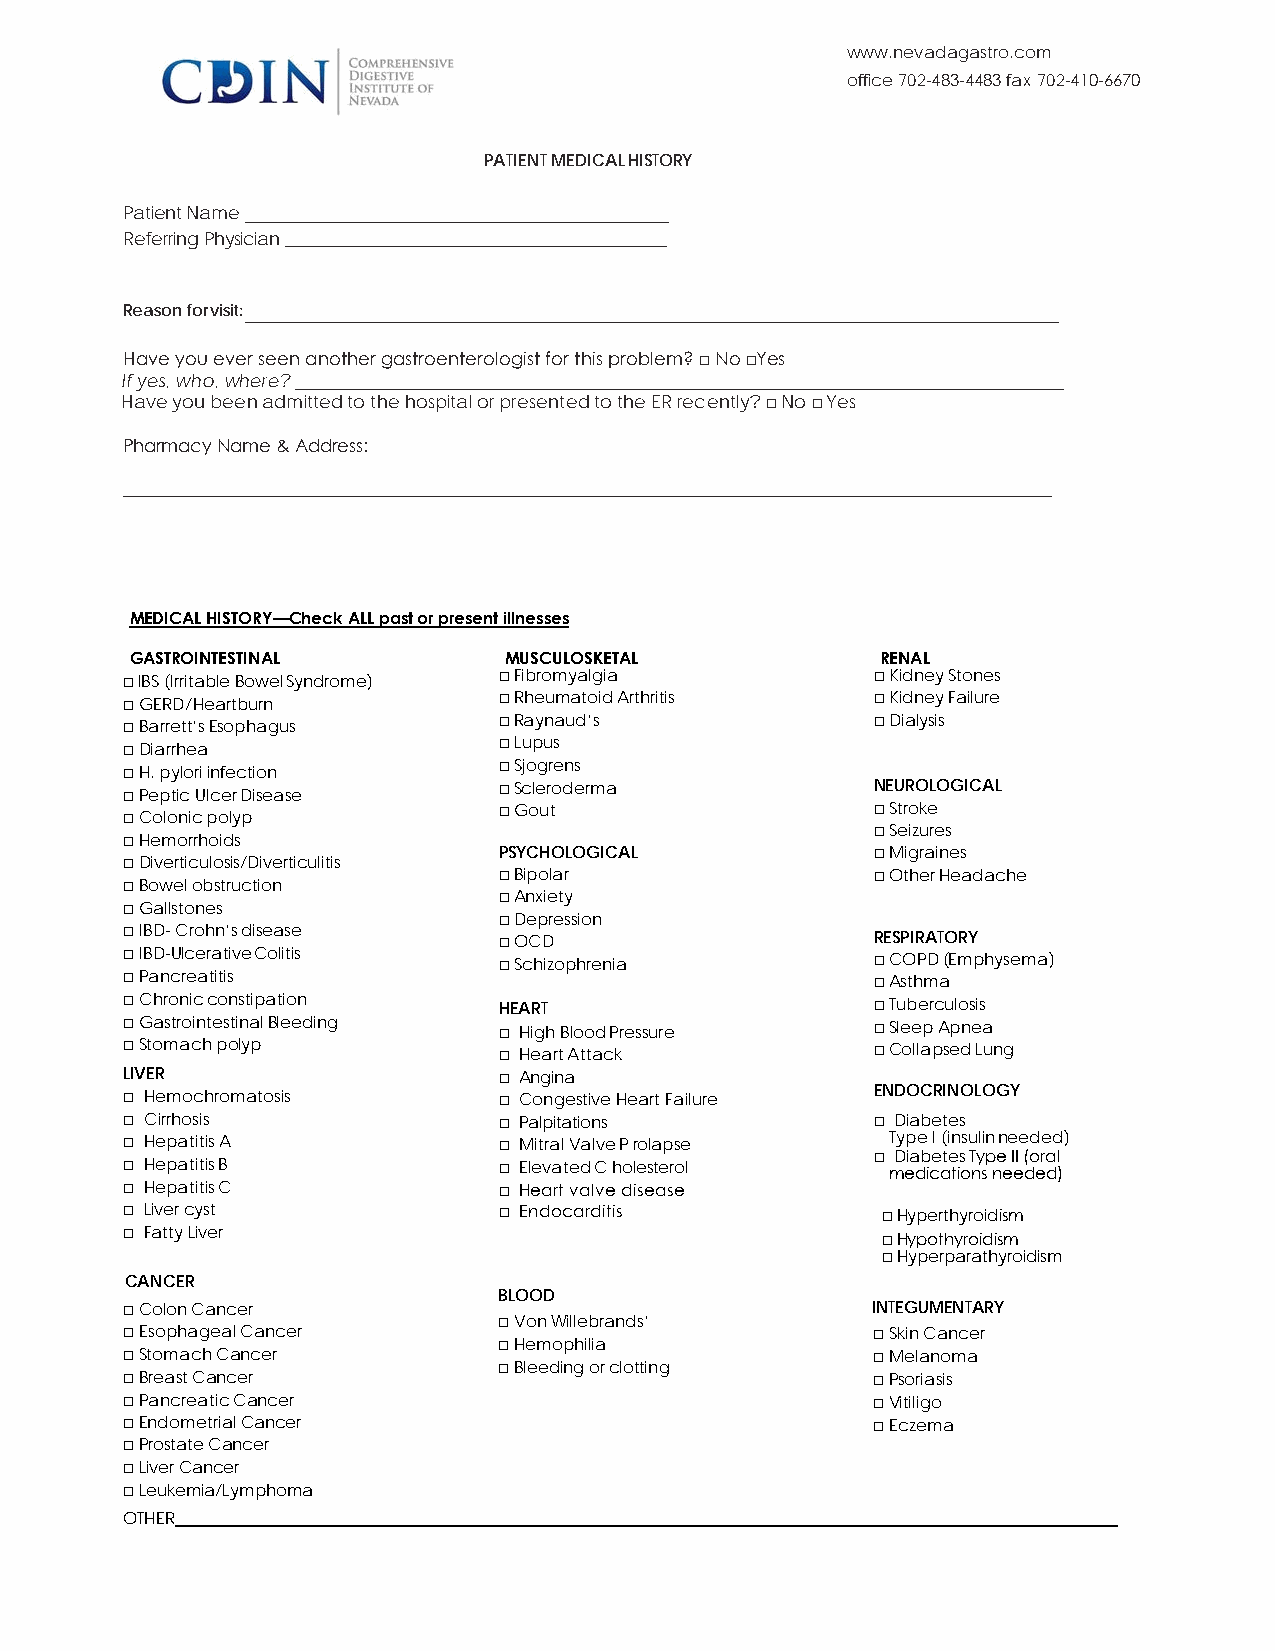
www.nevadagastro.com
 office 702-483-4483 fax 702-410-6670
 PATIENT MEDICAL HISTORY
 Patient Name
 Referring Physician _____________________________________________
 Reason for visit:
 Have you ever seen another gastroenterologist for this problem? □ No □Yes
 If yes, who, where?
 Have you been admitted to the hospital or presented to the ER recently? □ No □ Yes
 Pharmacy Name & Address:
 ________________________________________________________________________________________________________
 MEDICAL HISTORY—Check ALL past or present illnesses
 GASTROINTESTINAL        MUSCULOSKETAL            RENAL
 □ IBS (Irritable Bowel Syndrome) □ Fibromyalgia   □ Kidney Stones
 □GERD/Heartburn          □ Rheumatoid Arthritis   □Kidney Failure
 □Barrett’s Esophagus     □ Raynaud’s              □ Dialysis
 □Diarrhea                □ Lupus
 □H. pylori infection     □ Sjogrens
 □Peptic Ulcer Disease    □ Scleroderma            NEUROLOGICAL
 □Colonic polyp           □ Gout                   □ Stroke
 □ Seizures
 □Hemorrhoids
 PSYCHOLOGICAL            □ Migraines
 □Diverticulosis/Diverticulitis
 □ Bipolar                □ Other Headache
 □Bowel obstruction
 □ Anxiety
 □Gallstones
 □ Depression
 □IBD- Crohn’s disease
 □ OCD                    RESPIRATORY
 □IBD-Ulcerative Colitis  □ Schizophrenia          □ COPD (Emphysema)
 □Pancreatitis                                     □ Asthma
 □Chronic constipation    HEART                    □ Tuberculosis
 □Gastrointestinal Bleeding □ High Blood Pressure  □ Sleep Apnea
 □Stomach polyp           □ Heart Attack           □ Collapsed Lung
 LIVER                    □ Angina
 □ Hemochromatosis        □ Congestive Heart Failure ENDOCRINOLOGY
 □ Cirrhosis              □ Palpitations           □ Diabetes
 □ Hepatitis A            □ Mitral Valve Prolapse   Type I (insulin needed)
 □ Hepatitis B            □ Elevated Cholesterol   □ mD eia db ice ate tis o T ny sp ne e I eI d(o er da )l
 □ Hepatitis C            □ Heart valve disease
 □ Liver cyst             □ Endocarditis           □Hyperthyroidism
 □ Fatty Liver                                     □Hypothyroidism
 □Hyperparathyroidism
 CANCER
 BLOOD
 □Colon Cancer                                     INTEGUMENTARY
 □Von Willebrands’
 □Esophageal Cancer                                □Skin Cancer
 □Hemophilia
 □Stomach Cancer                                   □Melanoma
 □Bleeding or clotting
 □Breast Cancer                                    □Psoriasis
 □Pancreatic Cancer                                □Vitiligo
 □Endometrial Cancer                               □Eczema
 □Prostate Cancer
 □Liver Cancer
 □Leukemia/Lymphoma
 OTHER